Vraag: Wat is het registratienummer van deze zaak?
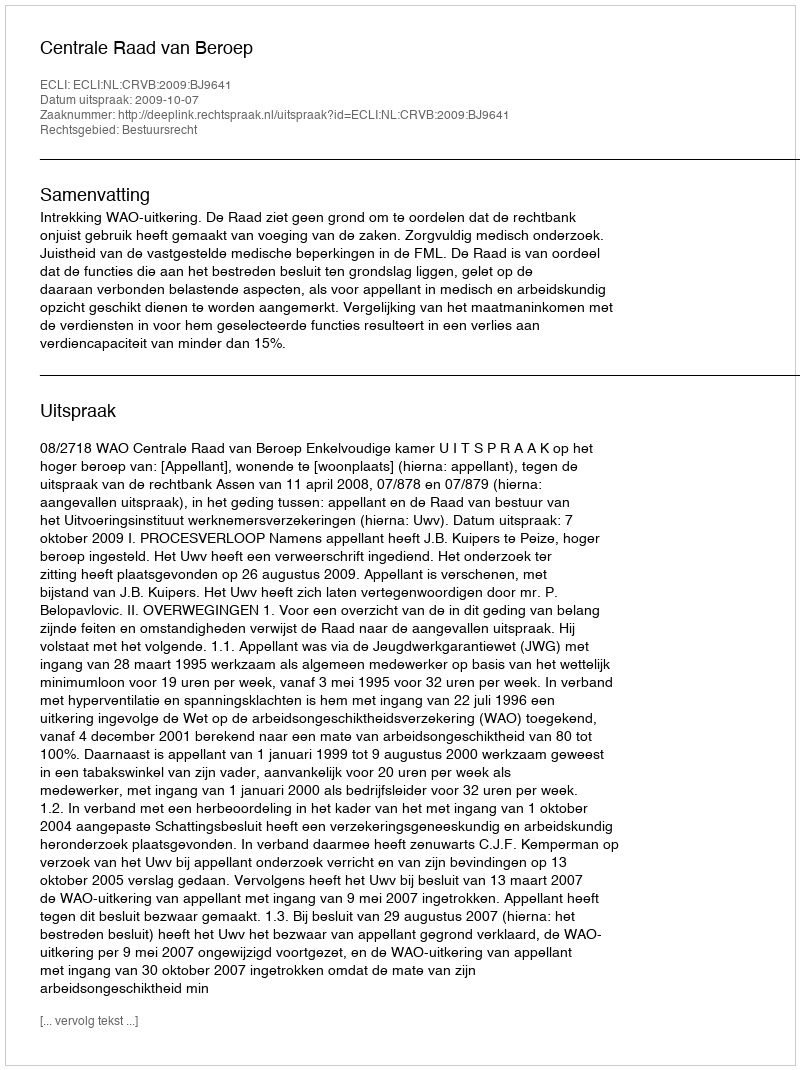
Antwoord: http://deeplink.rechtspraak.nl/uitspraak?id=ECLI:NL:CRVB:2009:BJ9641